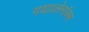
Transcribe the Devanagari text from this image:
गया।लेनॉक्स